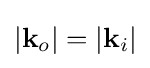
|\mathbf {k} _{o}|=|\mathbf {k} _{i}|